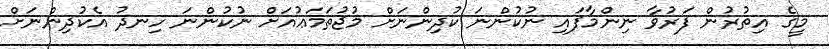
މީގެ އިތުރުން ފަރުވާ ނިންމާފައި ނުކުންނަ ކުދިންނަށް މުޖުތަމަޢުއަށް ނުކުންނަ ހިނދު އެކުދިންނަށް